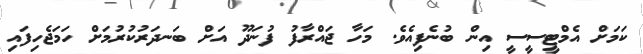
ކަމަށް އެމްޓީސީސީ އިން ބުނެފިއެވެ. މަހާ ޖައްރާފު ފުނަދޫ އަށް ބަނދަރުކުރުމަށް ހަމަޖެހިފައި